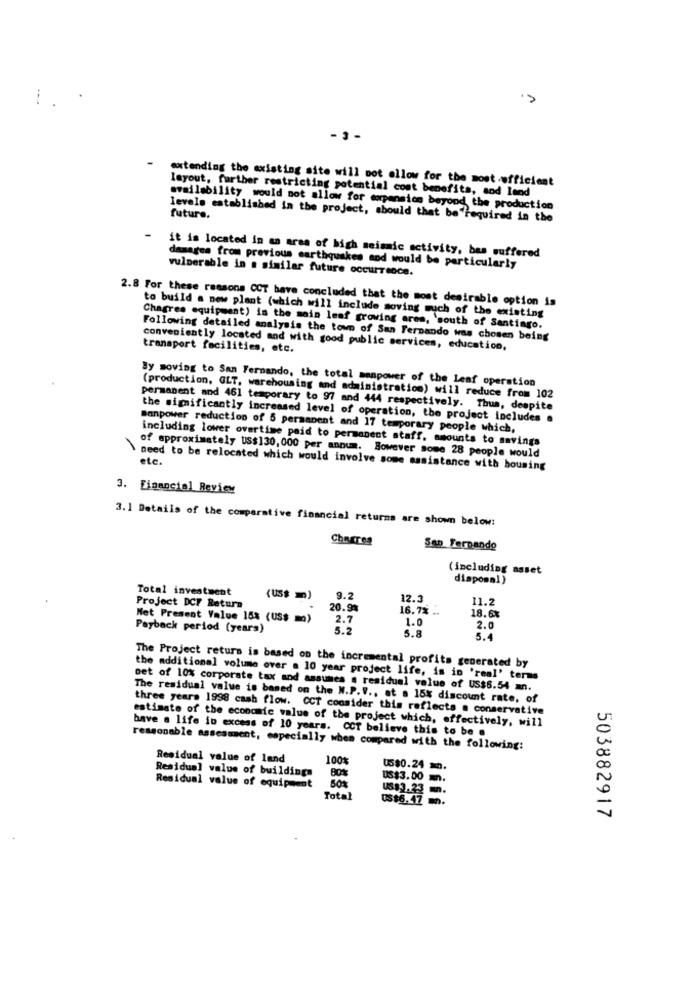
- 3-
extending the existing site will not allow for the mostefficient
layout, further restricting potential cost benefits, sod land
availability would not allow for morpension beyond the production
levels established in the project, should that be"required in the
future.
it is located in an area of high seismic activity, bas suffered
vulnerable in a similar future occurrence.
damages from previous earthquakes and would be particularly
2.8 For these reasons CCT bave concluded that the most desirable option is
to build a new plant (which will include moving much of the existing
Chagres equipment) is the main leaf growing aren, 'south of Santiago.
Following detailed analysis the town of San Fernando was chosen being
transport facilities, etc.
conveniently located and with good public services, education,
By moving to San Fernando, the total manpower of the Leaf operation
(production, GLT, warehousing and administration) will reduce from 102
permanent and 461 temporary to 97 and 444 respectively. Thus, despite
the significantly increased level of operation, the project includes .
manpower reduction of 5 permanent and 17 temporary people which,
including lower overtime paid to permanent staff, amounts to savings
etc.
of approximately US$130,000 per annum. However some 28 people would
need to be relocated which would involve some assistance with housing
3. Financial Review
3.1 Details of the comparative financial returns are shown below:
San Fernando
(including asset
dispomal)
Total investment
(us$ m)
9.2
12.3
11.2
Project DCF Return
20.9%
16.7% ..
Net Present Value 15% (US$ m)
2.7
1.0
18.6%
Payback period (years)
5.2
5.8
2.0
5.4
The Project return is based on the incremental profits generated by
the additional volume over a 10 year project life, is in 'real' terms
net of 10% corporate tax and assumes . residual value of US$6.54 mn.
The residual value is based on the W.P.V ., at . 15% discount rate, of
three years 1998 cash flow. CCT consider this reflects . conservative
estimate of the economic value of the project which, effectively, will
have a life in excess of 10 years. CCT believe this to be .
reasonable assessment, especially when compared with the following:
Residual value of land
100%
Residual value of buildings
05$0.24 .
50%
US$3.00 m.
Residual value of equipment
Total
0$$6.47 m.
503882917